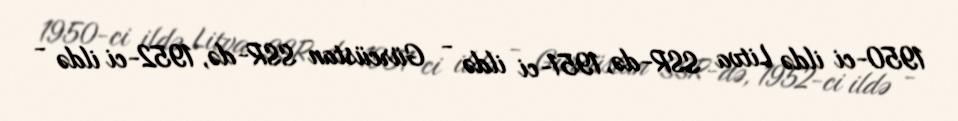
1950-ci ildə Litva SSR-də, 1951-ci ildə - Gürcüstan SSR-də, 1952-ci ildə -